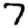
Digit: 7